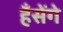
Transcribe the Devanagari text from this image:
हँसेंगे